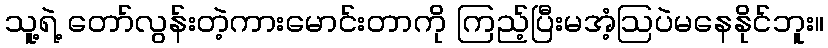
သူ့ရဲ့ တော်လွန်းတဲ့ကားမောင်းတာကို ကြည့်ပြီးမအံ့ဩပဲမနေနိုင်ဘူး။